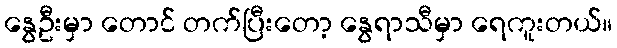
နွေဦးမှာ တောင် တက်ပြီးတော့ နွေရာသီမှာ ရေကူးတယ်။